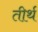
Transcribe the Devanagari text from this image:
तीर्थ